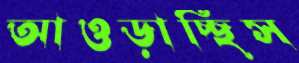
আওড়াচ্ছিস